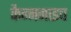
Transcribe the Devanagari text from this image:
कैन्ननाइच